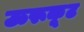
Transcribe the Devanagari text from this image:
ऊरूकूट